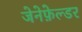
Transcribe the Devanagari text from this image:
जेनेफ़ेल्डर